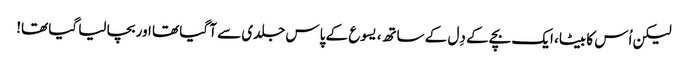
لیکن اُس کا بیٹا، ایک بچے کے دِل کے ساتھ، یسوع کے پاس جلدی سے آ گیا تھا اور بچا لیا گیا تھا!